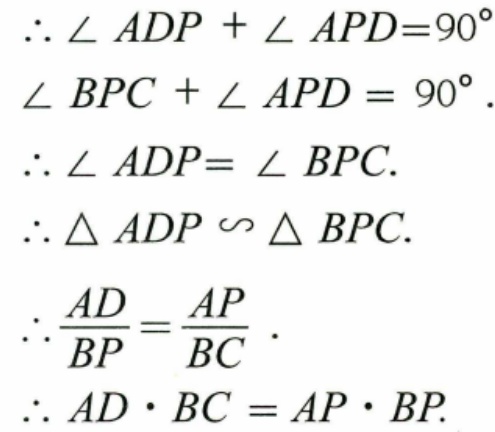
\[\begin{align*}
&\therefore\angle ADP+\angle APD = 90^{\circ}\\
&\angle BPC+\angle APD = 90^{\circ}.\\
&\therefore\angle ADP=\angle BPC.\\
&\therefore\triangle ADP\sim\triangle BPC.\\
&\therefore\frac{AD}{BP}=\frac{AP}{BC}.\\
&\therefore AD\cdot BC = AP\cdot BP.
\end{align*}\]